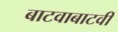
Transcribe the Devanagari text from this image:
बाटवाबाटवी